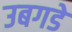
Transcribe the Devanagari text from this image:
उबगडे